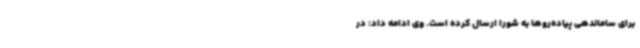
برای ساماندهی پیاده‌روها به شورا ارسال کرده است. وی ادامه داد: در